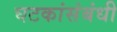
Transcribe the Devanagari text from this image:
घटकांसंबंधी